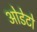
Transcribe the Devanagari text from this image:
ओडेटो